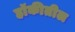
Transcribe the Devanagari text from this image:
हॉकीतील